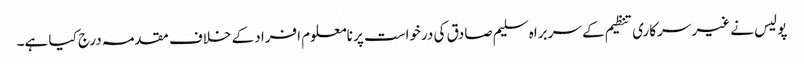
پولیس نے غیر سرکاری تنظیم کے سربراہ سلیم صادق کی درخواست پر نامعلوم افراد کے خلاف مقدمہ درج کیا ہے۔